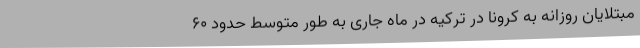
مبتلایان روزانه به کرونا در ترکیه در ماه جاری به طور متوسط حدود ۶۰